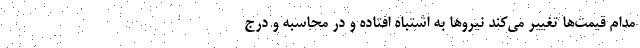
مدام قیمت‌ها تغییر می‌کند نیرو‌ها به اشتباه افتاده و در محاسبه و درج